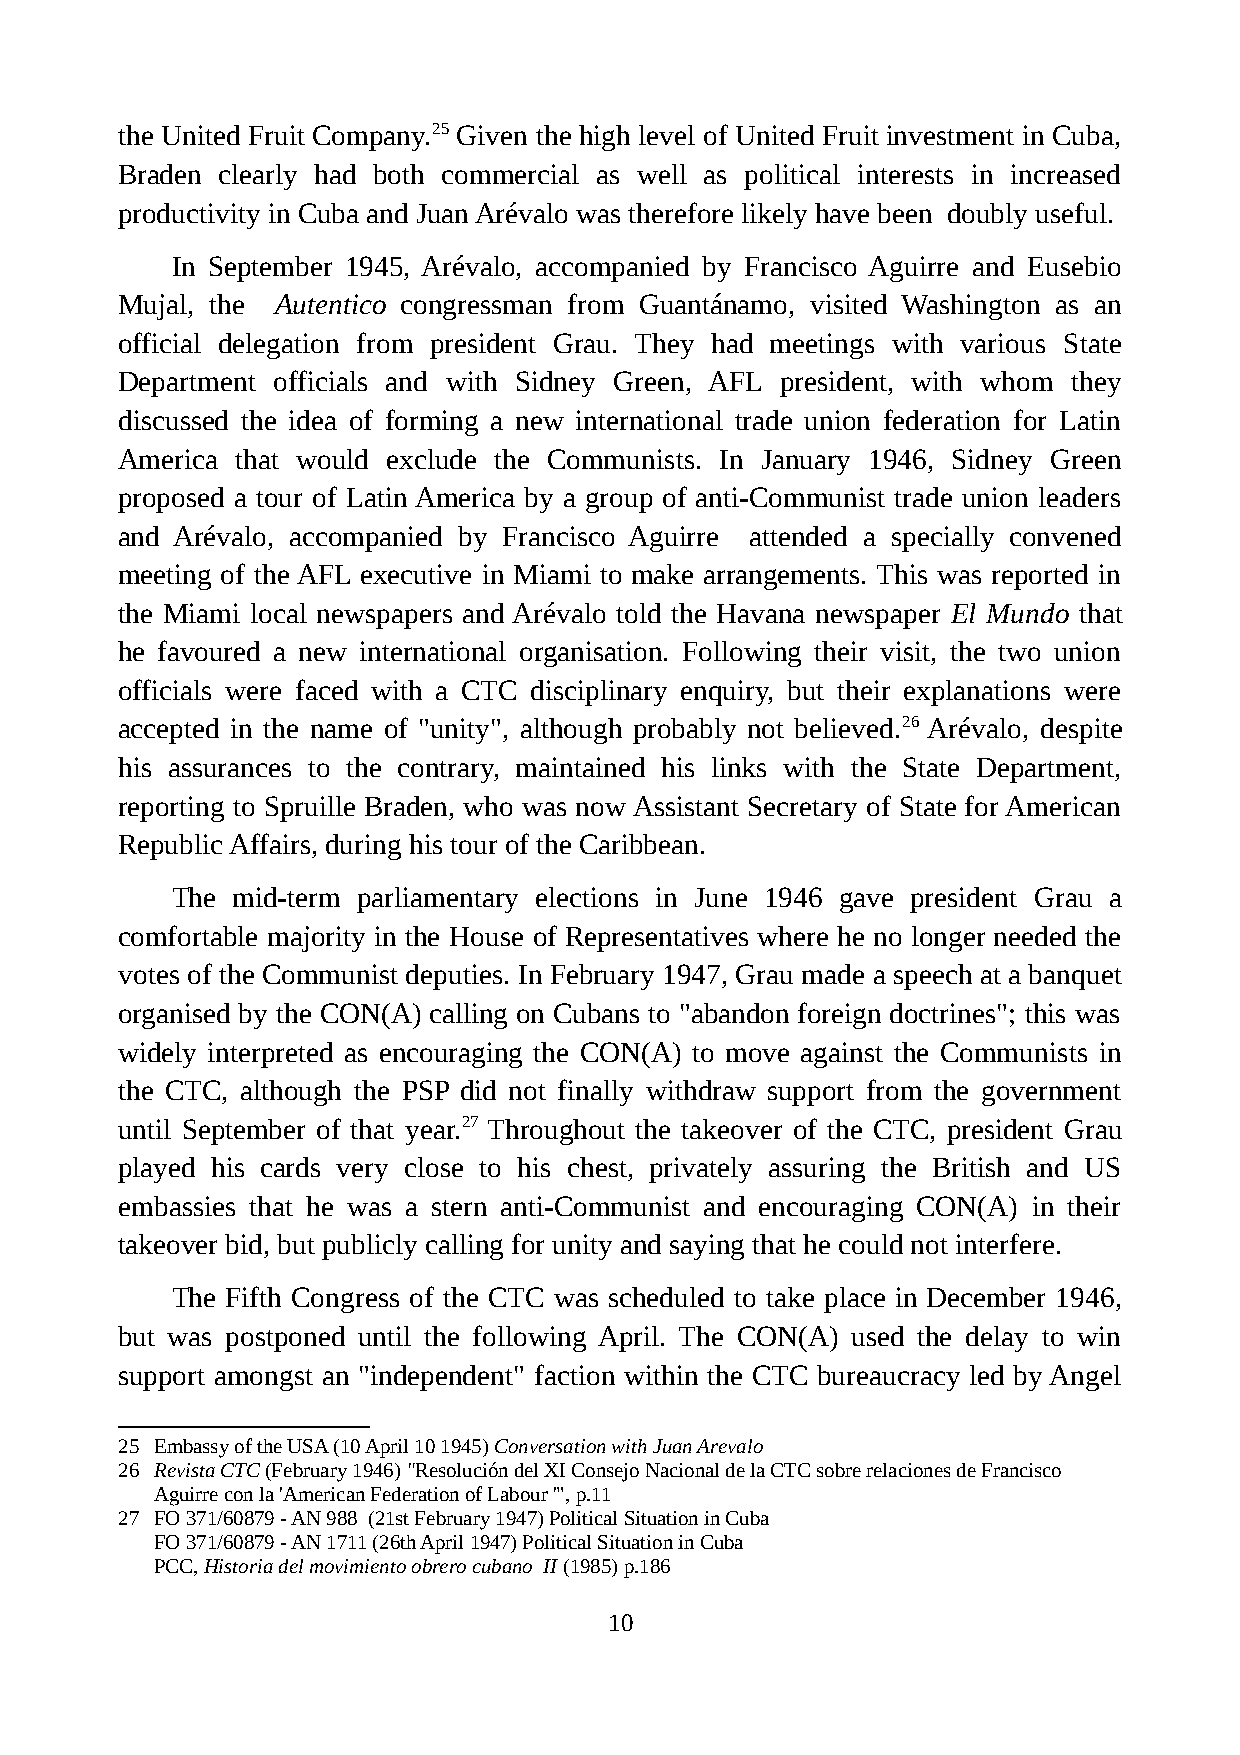
the United Fruit Company.25 Given the high level of United Fruit investment in Cuba,
 Braden clearly had both commercial as well as political interests in increased
 productivity in Cuba and Juan Arévalo was therefore likely have been doubly useful.
 In September 1945, Arévalo, accompanied by Francisco Aguirre and Eusebio
 Mujal, the Autentico congressman from Guantánamo, visited Washington as an
 official delegation from president Grau. They had meetings with various State
 Department officials and with Sidney Green, AFL president, with whom they
 discussed the idea of forming a new international trade union federation for Latin
 America that would exclude the Communists. In January 1946, Sidney Green
 proposed a tour of Latin America by a group of anti-Communist trade union leaders
 and Arévalo, accompanied by Francisco Aguirre attended a specially convened
 meeting of the AFL executive in Miami to make arrangements. This was reported in
 the Miami local newspapers and Arévalo told the Havana newspaper El Mundo that
 he favoured a new international organisation. Following their visit, the two union
 officials were faced with a CTC disciplinary enquiry, but their explanations were
 accepted in the name of "unity", although probably not believed.26 Arévalo, despite
 his assurances to the contrary, maintained his links with the State Department,
 reporting to Spruille Braden, who was now Assistant Secretary of State for American
 Republic Affairs, during his tour of the Caribbean.
 The mid-term parliamentary elections in June 1946 gave president Grau a
 comfortable majority in the House of Representatives where he no longer needed the
 votes of the Communist deputies. In February 1947, Grau made a speech at a banquet
 organised by the CON(A) calling on Cubans to "abandon foreign doctrines"; this was
 widely interpreted as encouraging the CON(A) to move against the Communists in
 the CTC, although the PSP did not finally withdraw support from the government
 until September of that year.27 Throughout the takeover of the CTC, president Grau
 played his cards very close to his chest, privately assuring the British and US
 embassies that he was a stern anti-Communist and encouraging CON(A) in their
 takeover bid, but publicly calling for unity and saying that he could not interfere.
 The Fifth Congress of the CTC was scheduled to take place in December 1946,
 but was postponed until the following April. The CON(A) used the delay to win
 support amongst an "independent" faction within the CTC bureaucracy led by Angel
 25 Embassy of the USA (10 April 10 1945) Conversation with Juan Arevalo
 26 Revista CTC (February 1946) "Resolución del XI Consejo Nacional de la CTC sobre relaciones de Francisco
 Aguirre con la 'American Federation of Labour '", p.11
 27 FO 371/60879 - AN 988 (21st February 1947) Political Situation in Cuba
 FO 371/60879 - AN 1711 (26th April 1947) Political Situation in Cuba
 PCC, Historia del movimiento obrero cubano II (1985) p.186
 10